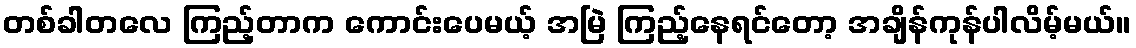
တစ်ခါတလေ ကြည့်တာက ကောင်းပေမယ့် အမြဲ ကြည့်နေရင်တော့ အချိန်ကုန်ပါလိမ့်မယ်။